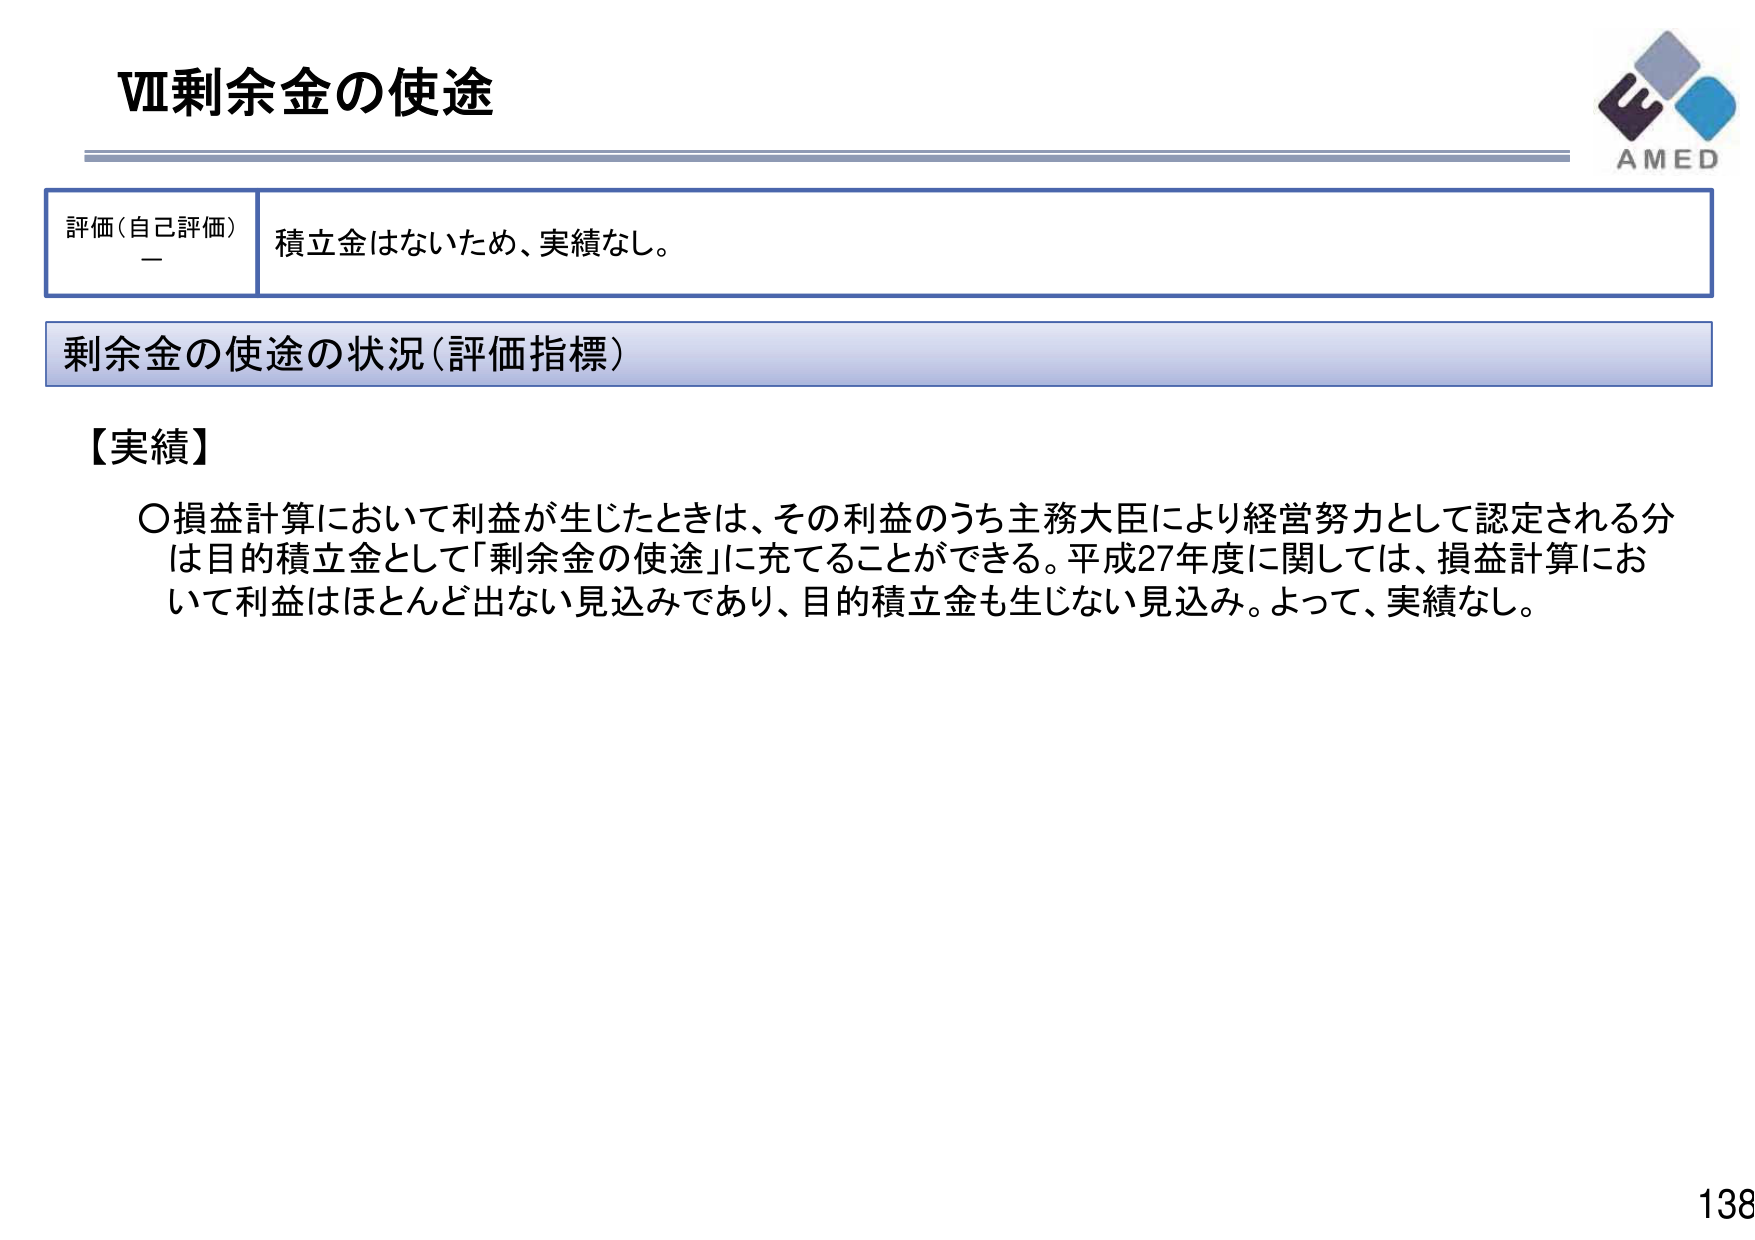
Ⅶ剰余金の使途

評価（自己評価）
－
積立金はないため、実績なし。

剰余金の使途の状況（評価指標）

【実績】
〇損益計算において利益が生じたときは、その利益のうち主務大臣により経営努力として認定される分は目的積立金として「剰余金の使途」に充てることができる。平成27年度に関しては、損益計算において利益はほとんど出ない見込みであり、目的積立金も生じない見込み。よって、実績なし。

AMED
138